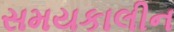
સમયકાલીન